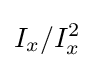
I_{x}/I_{x}^{2}